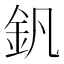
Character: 釩